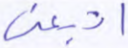
اتبعني